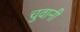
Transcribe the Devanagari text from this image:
चुवानी